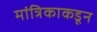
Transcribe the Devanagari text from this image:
मांत्रिकाकडून